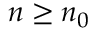
n \geq n _ { 0 }